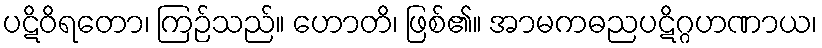
ပဋိဝိရတော၊ ကြဉ်သည်။ ဟောတိ၊ ဖြစ်၏။ အာမကဓညပဋိဂ္ဂဟဏာယ၊